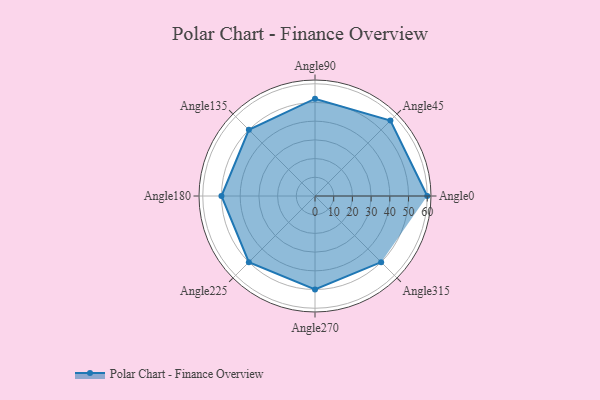
{"axis": {"x": "Angle", "y": "Radius"}, "legend": [""], "data": [{"x": "Angle0", "y": 60.0, "type": ""}, {"x": "Angle45", "y": 57.0, "type": ""}, {"x": "Angle90", "y": 52.0, "type": ""}, {"x": "Angle135", "y": 50, "type": ""}, {"x": "Angle180", "y": 50.0, "type": ""}, {"x": "Angle225", "y": 50, "type": ""}, {"x": "Angle270", "y": 50.0, "type": ""}, {"x": "Angle315", "y": 50, "type": ""}]}